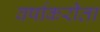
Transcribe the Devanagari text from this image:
वर्षाकरीता